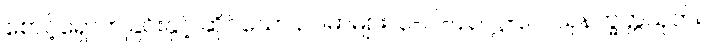
စောင့်ရှောက်ခြင်းနှင့် ဆိုင်သော ဥပမာများ၊ ၃-ပါ-၄၃၊ ဋ္ဌ-၃၇၊ သုနက္ခတ္တသုတ်။